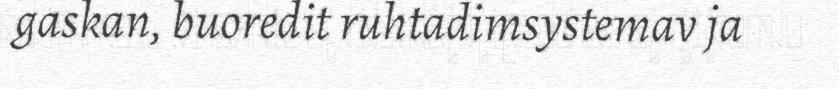
gaskan, buoredit ruhtadimsystemav ja